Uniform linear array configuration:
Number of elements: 12
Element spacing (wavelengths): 0.75
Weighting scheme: binomial
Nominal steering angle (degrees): -15
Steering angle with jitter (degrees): -15.317
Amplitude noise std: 0.05
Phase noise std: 0.05

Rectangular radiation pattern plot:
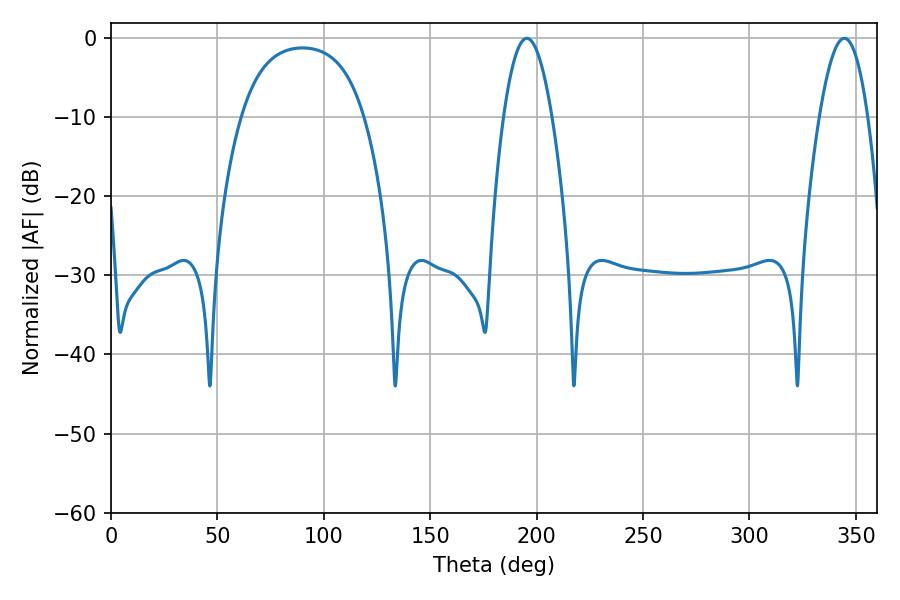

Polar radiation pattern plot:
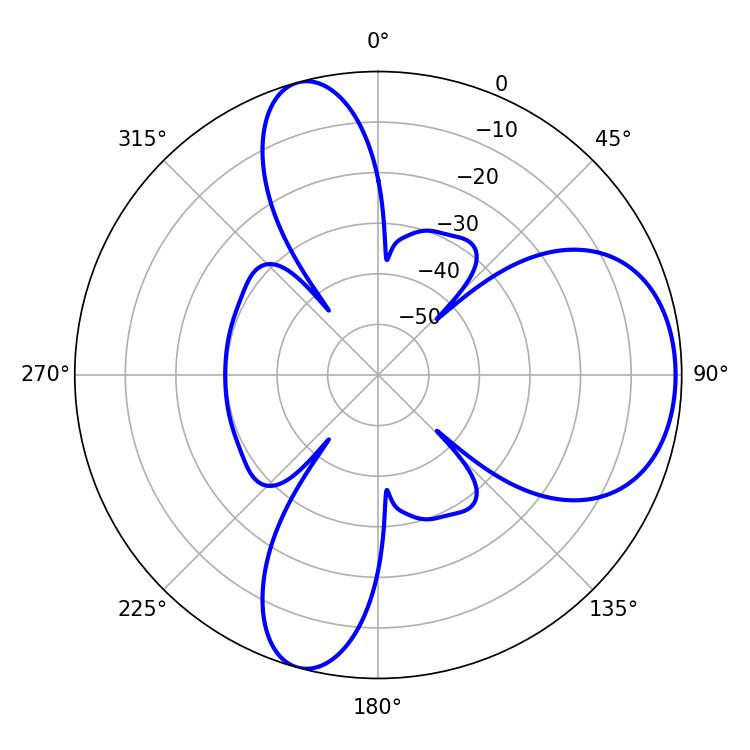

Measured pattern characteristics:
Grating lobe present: TRUE
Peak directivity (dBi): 7.268
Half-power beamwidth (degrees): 12.42
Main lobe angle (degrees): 195.48